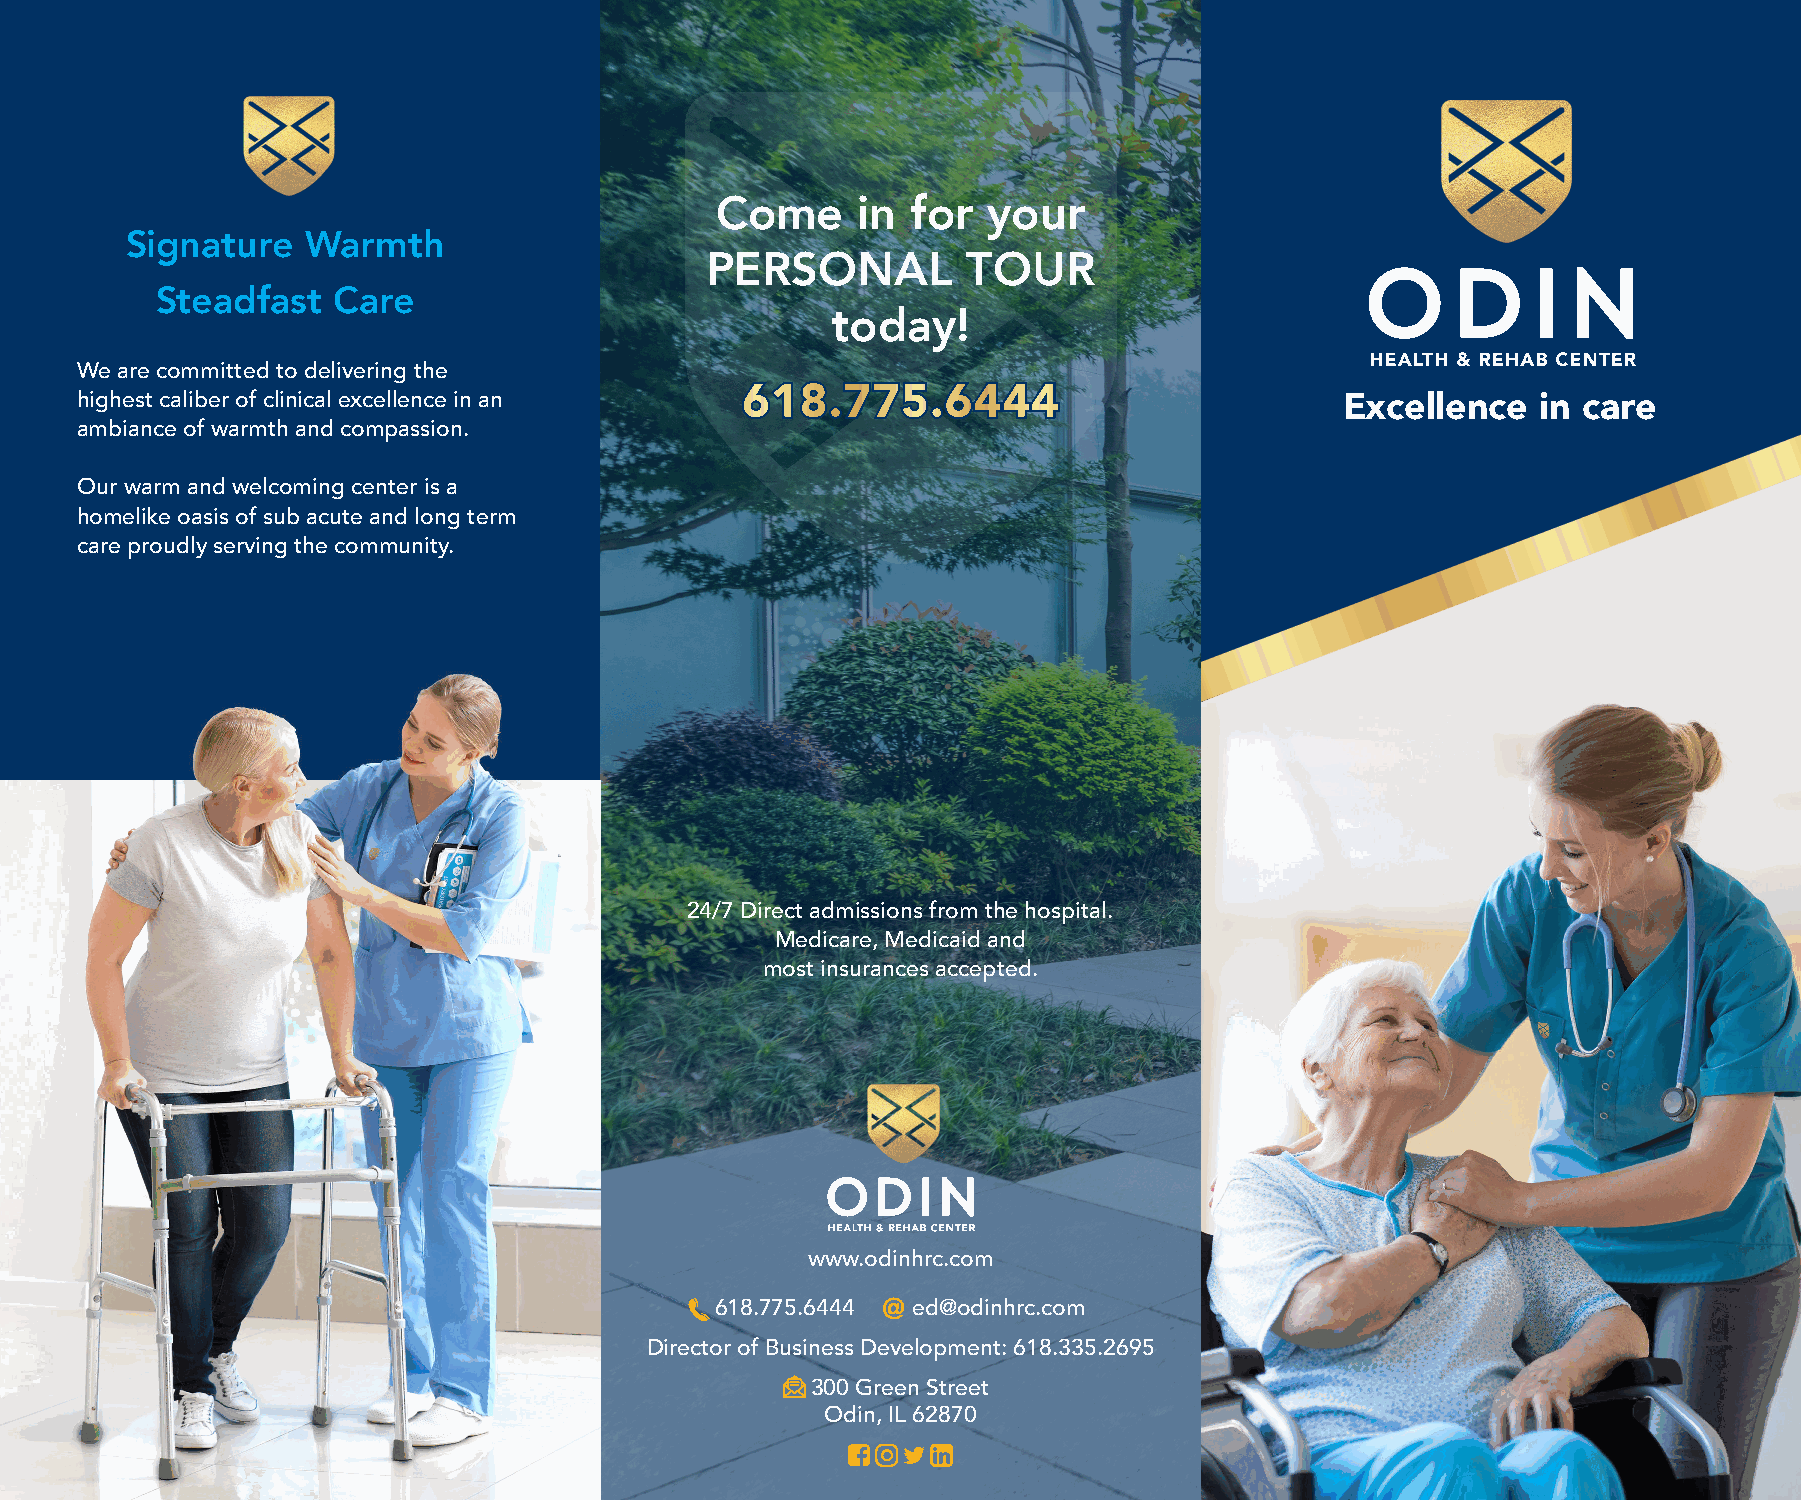
Come      in for  your
 Signature   Warmth
 PERSONAL         TOUR
 Steadfast   Care
 today!
 We are committed to delivering the
 highest caliber of clinical excellence in an 661188..777755..66444444               Excellence   in care
 ambiance of warmth and compassion.
 Our warm and welcoming center is a
 homelike oasis of sub acute and long term
 care proudly serving the community.
 24/7 Direct admissions from the hospital.
 Medicare, Medicaid and
 most insurances accepted.
 www.odinhrc.com
 618.775.6444 ed@odinhrc.com
 Director of Business Development: 618.335.2695
 300 Green Street
 Odin, IL 62870